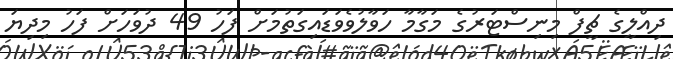
ދިއްލީގެ ޗީފް މިނިސްޓަރުގެ މަގާމާ ހަވާލުވެވަޑައިގަތުމަށް ފަހު 49 ދުވަހަށް ފަހު މިދިޔަ